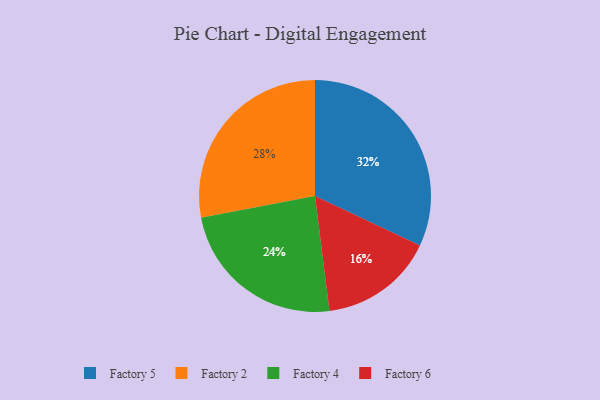
{"axis": {"x": "Category", "y": "Percentage"}, "legend": ["Factory 2", "Factory 4", "Factory 5", "Factory 6"], "data": [{"x": "Factory 2", "y": 28, "type": "Factory 2"}, {"x": "Factory 4", "y": 24, "type": "Factory 4"}, {"x": "Factory 5", "y": 32, "type": "Factory 5"}, {"x": "Factory 6", "y": 16, "type": "Factory 6"}]}